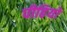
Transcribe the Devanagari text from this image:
पीढियो